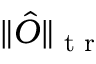
\| \hat { O } \| _ { \textrm { t r } }